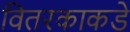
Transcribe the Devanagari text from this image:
वितरकाकडे